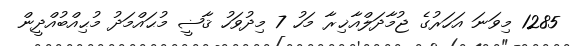
1285 މިވަނަ އަހަރުގެ ޖުމާދަލްއާޚިރާ މަހު 7 މިދުވަހު ޤާޟީ މުޙައްމަދު މުޙިއްބުއްދީން